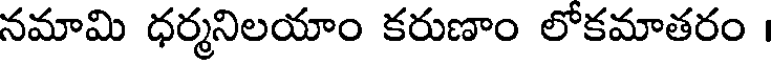
నమామి ధర్మనిలయాం కరుణాం లోకమాతరం ।